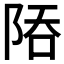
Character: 𨹙